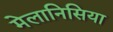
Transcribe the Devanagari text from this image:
मेलानिसिया